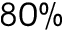
8 0 \%